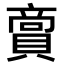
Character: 𮚘